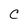
Character: C